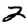
Digit: 2